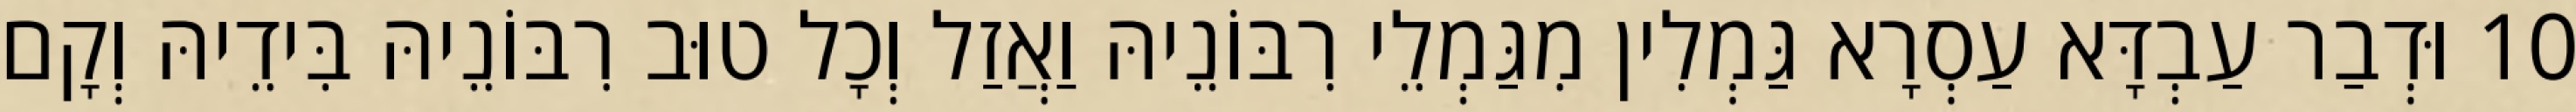
10 וּדְבַר עַבְדָּא עַסְרָא גַּמְלִין מִגַּמְלֵי רִבּוֹנֵיהּ וַאֲזַל וְכָל טוּב רִבּוֹנֵיהּ בִּידֵיהּ וְקָם